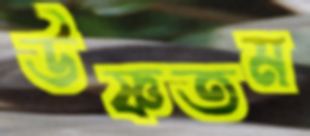
উষ্ণতম